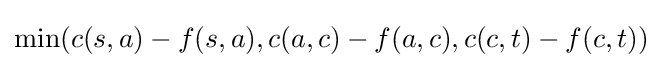
\min(c(s,a)-f(s,a),c(a,c)-f(a,c),c(c,t)-f(c,t))